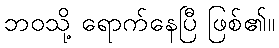
ဘဝသို့ ရောက်နေပြီ ဖြစ်၏။